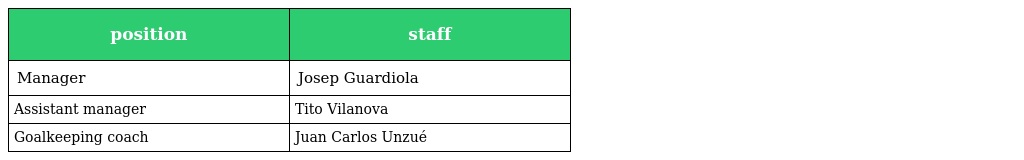
| position | staff |
 | --- | --- |
 | Manager | Josep Guardiola |
 | Assistant manager | Tito Vilanova |
 | Goalkeeping coach | Juan Carlos Unzué |